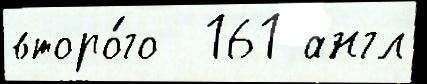
второ́го  161 англ